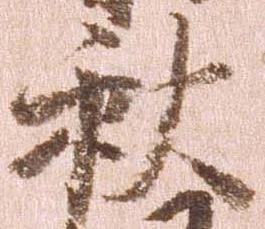
秋